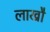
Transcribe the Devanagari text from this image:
लाखौ